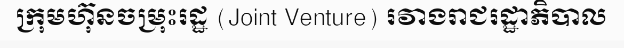
ក្រុមហ៊ុនចម្រុះរដ្ឋ (Joint Venture) រវាងរាជរដ្ឋាភិបាល